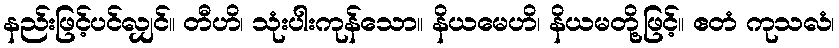
နည်းဖြင့်ပင်လျှင်။ တီဟိ၊ သုံးပါးကုန်သော။ နိယမေဟိ၊ နိယမတို့ဖြင့်။ ဧတံ ကုသလံ၊